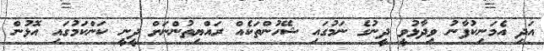
އަދި އެމަނިކުފާނު ވިދާޅުވީ ދީނުގެ ނަމުގައި ޝޭހުންތަކެއް ރައްޔިތުންނަށް ދީނީ ކަންކަމުގައި އޮޅުން